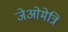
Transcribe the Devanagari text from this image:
जेओमेत्रि